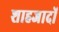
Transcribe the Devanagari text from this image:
शाहजादों